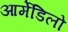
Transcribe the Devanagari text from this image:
आर्मेडिलो